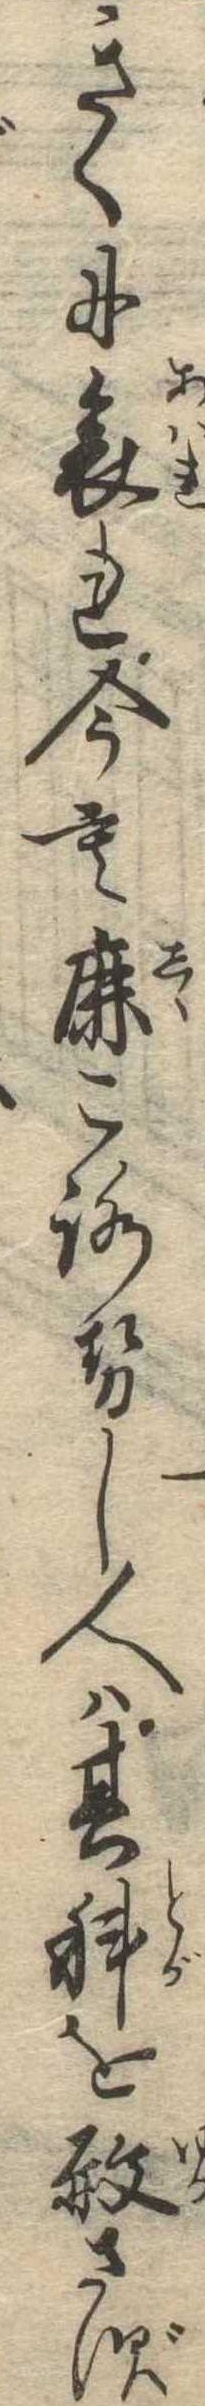
きくに哀れ今も鹿ころせし人は其科を赦さず